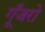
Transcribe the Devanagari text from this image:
गूँजरो